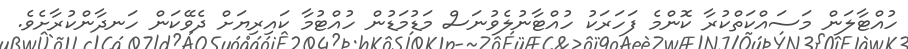
ހުއްޓާލަން މަސައްކަތްކުރާ ކޮންމެ ފަހަރަކު ހުއްޓާނުލެވުނަސް މަޑުމަޑުން ހުއްޓުމާ ކައިރިޔަށް ދެވޭކަން ހަނދާންކުރާށެވެ.